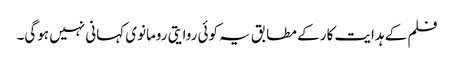
فلم کے ہدایت کار کے مطابق یہ کوئی روایتی رومانوی کہانی نہیں ہوگی۔